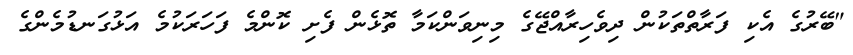
"ބޭރުގެ އެކި ފަރާތްތަކުން ދިވެހިރާއްޖޭގެ މިނިވަންކަމާ ތޮޅެން ފެށި ކޮންމެ ފަހަރަކުމެ އަޅުގަނޑުމެންގެ